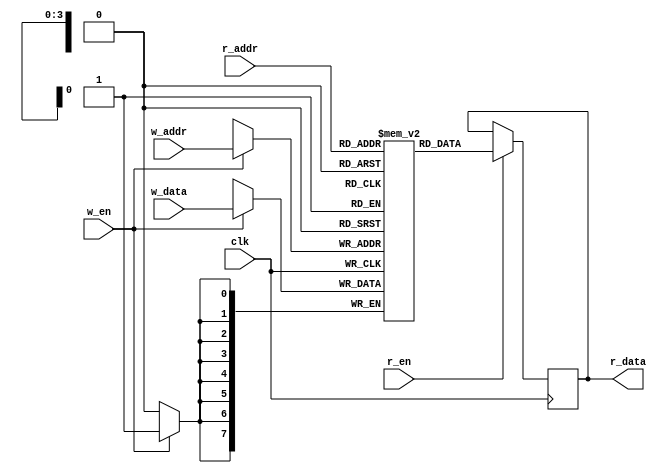
// Inferred block RAM
module memory #(
  parameter INIT_FILE = ""
) (
  // inputs
  input clk,
  input w_en,
  input r_en,
  input [3:0] w_addr,
  input [3:0] r_addr,
  input [7:0] w_data,
  // outputs
  output reg [7:0] r_data
);

// Declare memory
reg [7:0] mem [0:15];

// Interact with the memory block
always @ (posedge clk) begin

  // Write to memory
  if (w_en == 1'b1) begin
    mem[w_addr] <= w_data;
  end
  // Read from memory
  if (r_en == 1'b1) begin
    r_data <= mem[r_addr];
  end
end

// initialization (if available)
initial if (INIT_FILE) begin
  $readmemh(INIT_FILE, mem);
end
endmodule